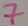
Text: 7